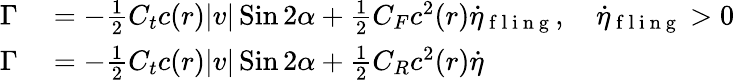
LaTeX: \begin{array}{rl}{\Gamma}&{{}=-\frac{1}{2}C_{t}c(r)|v|\operatorname{Sin}2\alpha+\frac{1}{2}C_{F}c^{2}(r)\dot{\eta}_{\mathrm{~f~l~i~n~g~}},\quad\dot{\eta}_{\mathrm{~f~l~i~n~g~}}>0}\\ {\Gamma}&{{}=-\frac{1}{2}C_{t}c(r)|v|\operatorname{Sin}2\alpha+\frac{1}{2}C_{R}c^{2}(r)\dot{\eta}}\end{array}